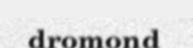
dromond